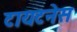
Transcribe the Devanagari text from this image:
टायटनेस